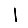
Digit: 1